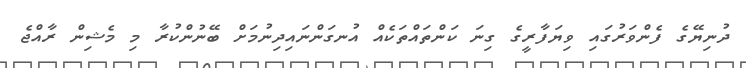
ދުނިޔޭގެ ފެންވަރުގައި ވިޔަފާރީގެ ގިނަ ކަންތައްތަކެއް އުނގަންނައިދިނުމަށް ބޭނުންކުރާ މި މެޝިން ރާއްޖެ